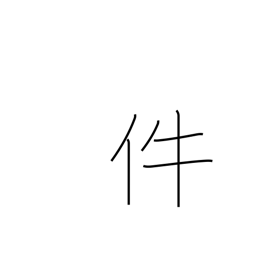
Meaning: item